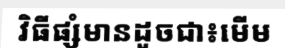
វិធីផ្សំមានដូចជា៖មើម